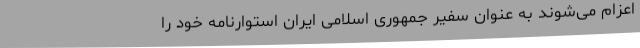
اعزام می‌شوند به عنوان سفیر جمهوری اسلامی ایران استوارنامه خود را